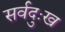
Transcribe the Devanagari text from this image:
सर्वदुःख